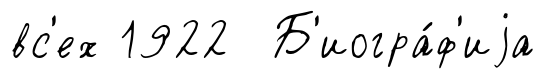
вс'ех 1922 Б'иогра́ф'иjа